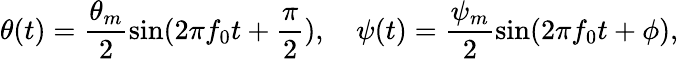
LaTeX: \theta(t)=\frac{\theta_{m}}{2}\mathrm{sin}(2\pi f_{0}t+\frac{\pi}{2}),\quad\psi(t)=\frac{\psi_{m}}{2}\mathrm{sin}(2\pi f_{0}t+\phi),